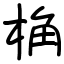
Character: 桷